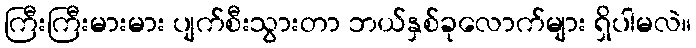
ကြီးကြီးမားမား ပျက်စီးသွားတာ ဘယ်နှစ်ခုလောက်များ ရှိပါမလဲ။